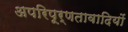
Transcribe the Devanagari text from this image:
अपरिपूर्णतावादियों